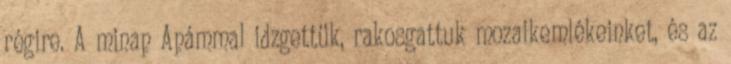
régire. A minap Apámmal idzgettük, rakosgattuk mozaikemlékeinket, és az